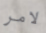
لامر